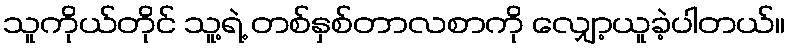
သူကိုယ်တိုင် သူ့ရဲ့ တစ်နှစ်တာလစာကို လျှော့ယူခဲ့ပါတယ်။